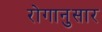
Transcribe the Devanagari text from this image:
रोगानुसार